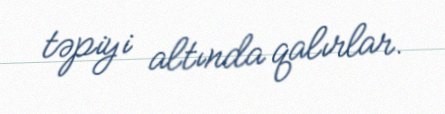
təpiyi altında qalırlar.